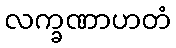
လက္ခဏာဟတံ